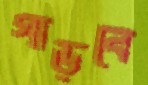
গাড়বে